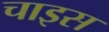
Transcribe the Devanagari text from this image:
चाइस